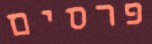
פרסים